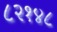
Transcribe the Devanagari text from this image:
८२१४८